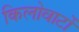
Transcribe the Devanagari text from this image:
किलोवाटों